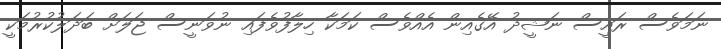
ނަމަވެސް ރައީސް ނަޝީދު އޭގެއިން އެއްވެސް ކަމަކާ ހިލާފުވެފައި ނުވަނީސް ޖަލަށް ބަދަލުކުރުމަކީ